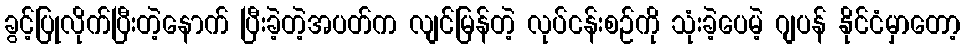
ခွင့်ပြုလိုက်ပြီးတဲ့နောက် ပြီးခဲ့တဲ့အပတ်က လျင်မြန်တဲ့ လုပ်ငန်းစဉ်ကို သုံးခဲ့ပေမဲ့ ဂျပန် နိုင်ငံမှာတော့